Vaccination in Bombay 1889-1901 - 1889-1901
Year: 1889
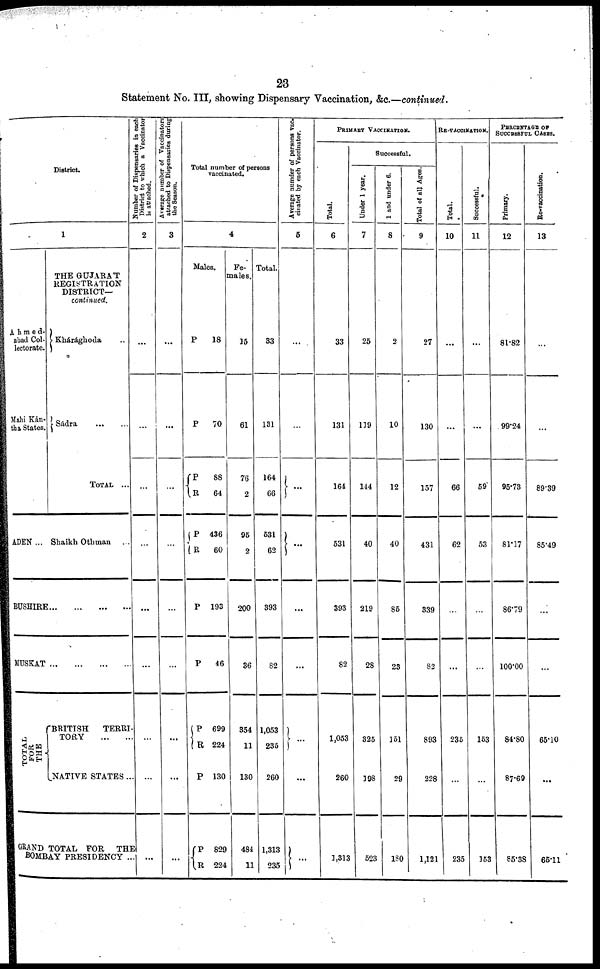
23
Statement No. III, showing Dispensary Vaccination, &c.—continued.
District.
1
Ahmed¬
abad Col¬
lectorate.
Mahi Kán¬
tha States.
ADEN ...
THE GUJARÁT
REGISTRATION
DISTRICT—
continued.
Khárághoda ..
Sádra
...
...
TOTAL ...
Shaikh Othman ...
BUSHIRE...
...
...
...
MUSKAT...
...
...
...
T OTAL
FOR
THE
BRITISH
TERRI¬
TORY ... ...
NATIVE STATES ...
GRAND TOTAL FOR THE
BOMBAY PRESIDENCY ...
Number of Dispensaries in each
District to which a Vaccinator
is attached.
2
...
...
...
...
...
...
...
...
...
Average number of Vaccinators
attached to Dispensaries during
the Season.
3
...
...
...
...
...
...
...
...
...
Total number of persons
vaccinated.
4
Males.
P
P
P
R
P
R
P
P
P
R
P
P
R
18
70
88
64
436
60
193
46
699
224
130
829
224
Fe¬
males.
15
61
76
2
95
2
200
36
354
11
130
484
11
Total.
33
131
164
66
531
62
393
82
1,053
235
260
1,313
235
Average numder of persons vac-
cinated by each Vaccinator.
5
...
...
...
...
...
...
...
...
...
PRIMARY VACCINATION.
Total.
6
33
131
164
531
393
82
1,053
260
1,313
Successful.
Under 1 year.
7
25
119
144
40
219
28
325
198
523
1 and under 6.
8
2
10
12
40
85
23
151
29
180
Total of all Ages.
9
27
130
157
431
339
82
893
228
1,121
RE-VACCINATION.
Total.
10
...
...
66
62
...
...
235
...
235
Successful.
11
...
...
59
53
...
...
153
...
153
PERCENTAGE OF
SUCCESSFUL CASES.
Primary.
12
81.82
99.24
95.73
81.17
86.79
100.00
84.80
87.69
85.38
Re-vaccination.
13
...
...
89.39
85.49
...
...
65.10
...
65.11